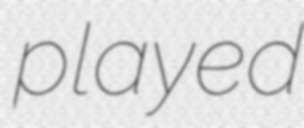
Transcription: played